Account of plague administration in the Bombay Presidency from September 1896 till May 1897
Year: 1896
Disease focus: Plague
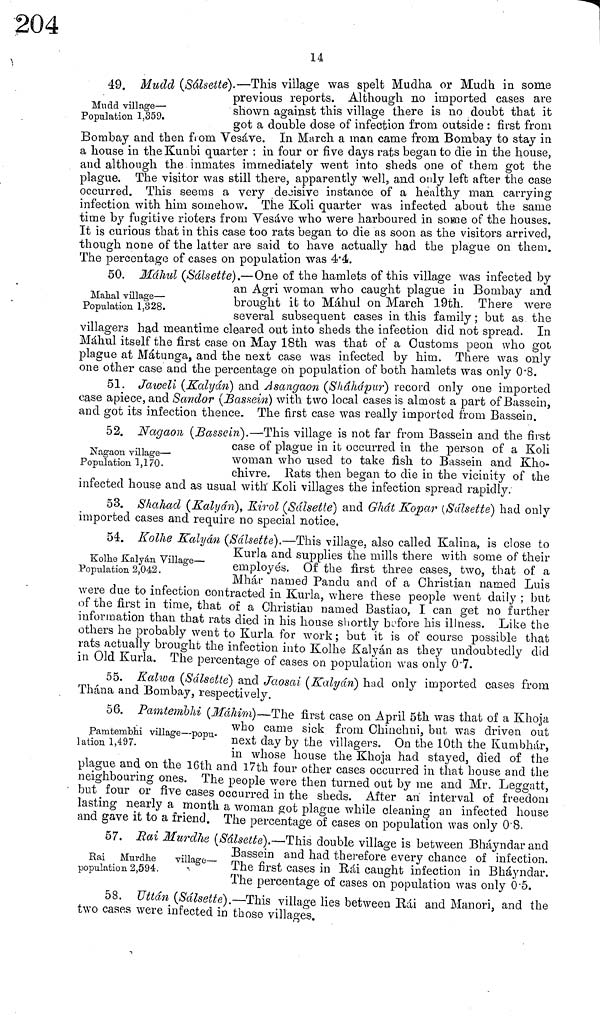
14
Mudd village—
Population 1,359.
49 Mudd (Sálsette).—This village was spelt Mudha or Mudh in some
previous reports. Although no imported cases ave
shown against this village there is no doubt that it
got a double dose of infection from outside : first from
Bombay and then from Vesáve. In March a man came from Bombay to stay m
a house in the Kunbi quarter : in four or five days rats began to die in the house,
and although the inmates immediately went into sheds one of them got the
plague. The visitor was still there, apparently well, and only left after the case
occurred. This seems a very decisive instance of a healthy man carrying
infection with him somehow. The Koli quarter was infected about the same
time by fugitive rioters from Vesáve who were harboured in some of the houses.
It is curious that in this case too rats began to die as soon as the visitors arrived,
though none of the latter are said to have actually had the plague on them.
The percentage of cases on population was 4.4.
Mahal village—
Population 1,328.
50. Máhul (Sálsette).-—One of the hamlets of this village was infected by
an Agri woman who caught plague in .Bombay and
brought it to Máhul on March 19th. There were
several subsequent cases in this family ; but as the
villagers had meantime cleared out into sheds the infection did not spread. In
Máhul itself the first case on May 18th was that of a Customs peon who got
plague at Matunga, and the next case was infected by him. There was only
one other case and the percentage oh population of both hamlets was only 0'8.
51. Jaweli (Kalyán) and Asangaon (Shahapur) record only one imported
case apiece, and Samdor (Bassin) with two local cases is almost a part of Bassein,
and got its infection thence. The first case was really imported from Bassein.
Nagaon village—
Population 1,170.
52. Nagaon (Bussein).—This village is not far from Bassein and the first
case of plague in it occurred in the person of a Koli
woman who used to take fish to Bassein and Kho-
chivre. Rats then began to die in the vicinity of the
infected house and as usual with Koli villages the infection spread rapidly.
53. Shahad (Kalyán), Kirol (Sálsette) and Ghát Kopar (Sálsette) had only
imported cases and require no special notice,
Kolhe Kalyán Village—
Population 2,042.
54. Kolhe Kalyán (Sálsette).—This village, also called Kalina, is close to
Kurla and supplies the mills there with some of their
employés. Of the first three cases, two, that of a
Mhár named Pandu and of a Christian named Luis
were due to infection contracted in Kurla, where these people went daily ; but
of the first in time, that of a Christian named Bastiao, I can get no further
information than that rats died in his house shortly before his illness. Like the
others he probably went to Kurla for work ; but it is of course possible that
rats actually brought the infection into Kolhe Kalyán as they undoubtedly did
in Old Kurla. The percentage of cases on population was only 0.7.
55. Kalwa (Sálsette} and Jaosai (Kalyán) had only imported cases from
Thána and Bombay, respectively.
Pamtembhi village—popu-
lation 1,497.
56. Pamtembhi (Máhim)—The first case on April 5th was that of a Khoja
who came sick from Chinchni, but was driven out
next day by the villagers. On the 10th the Kumbhár,
in whose house the Khoja had stayed, died of the
piague ana on the 10th and 17th four other cases occurred in that house and the
neighbouring ones. The people were then turned out by me and Mr. Leggatt,
but four or five cases occurred in the sheds. After an interval of freedom
lasting nearly a month a woman got plague while cleaning an infected house
and gave it to a friend. The percentage of cases on population was only 0.8.
Rai Murdhe
village—
population 2,594.
57. Rai Murdhe (Sálsette}.—*This double village is between Bháyndar and
Bassein and had therefore every chance of infection.
The first cases in Rái caught infection in Bháyndar.
The percentage of cases on population was only 0.5.
58. Uttán (Sálsette).—This village lies between Rái and Manori. and the
two cases were infected in those villages.